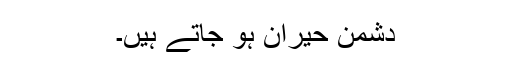
دشمن حیران ہو جاتے ہیں۔